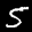
Label: 5